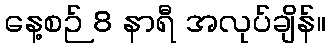
နေ့စဉ် 8 နာရီ အလုပ်ချိန်။